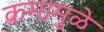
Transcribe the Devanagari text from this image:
क्रमामुळे